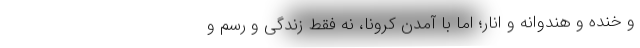
و خنده و هندوانه و انار؛ اما با آمدن کرونا، نه فقط زندگی و رسم و